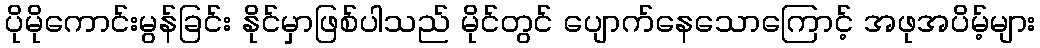
ပိုမိုကောင်းမွန်ခြင်း နိုင်မှာဖြစ်ပါသည် မိုင်တွင် ပျောက်နေသောကြောင့် အဖုအပိမ့်များ